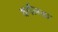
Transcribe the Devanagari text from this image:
वर्गलढा